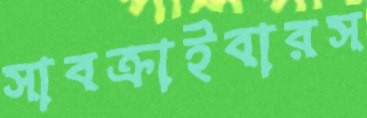
সাবক্রাইবারস